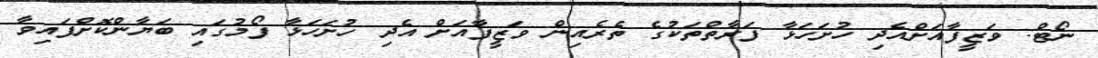
ނޯޓް: ވަޒީފާއަށްއެދި ހުށަހަޅާ ފަރާތްތަކުގެ ތެރެއިން ވަޒީފާއަށް އެދި ހުށަހަޅާ ފޯމުގައި ބަޔާންކޮށްފައިވާ